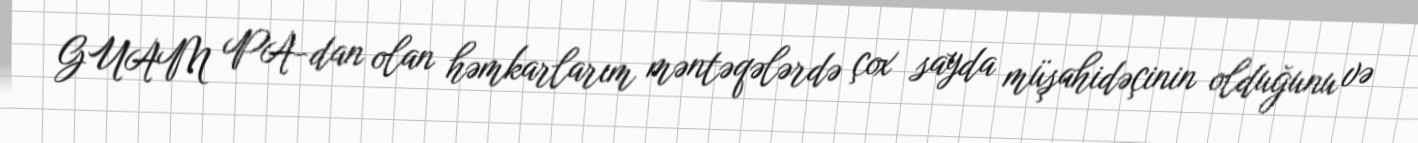
GUAM PA-dan olan həmkarlarım məntəqələrdə çox sayda müşahidəçinin olduğunu və